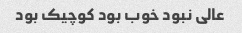
عالی نبود خوب بود کوچیک بود